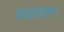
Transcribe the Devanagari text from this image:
गदाधर।